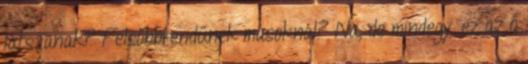
látszanak? Felsőbbrendűnek másoknál? Na, de mindegy. ez az ő